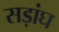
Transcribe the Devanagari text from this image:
सड़ांघ